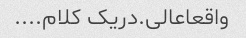
واقعاعالی.دریک کلام....